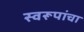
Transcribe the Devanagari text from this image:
स्वरूपांचा